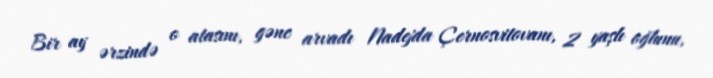
Bir ay ərzində o atasını, gənc arvadı Nadejda Çernosvitovanı, 2 yaşlı oğlunu,